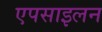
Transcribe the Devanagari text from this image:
एपसाइलन